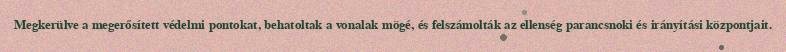
Megkerülve a megerősített védelmi pontokat, behatoltak a vonalak mögé, és felszámolták az ellenség parancsnoki és irányítási központjait.